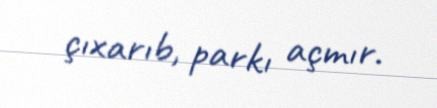
çıxarıb, parkı açmır.